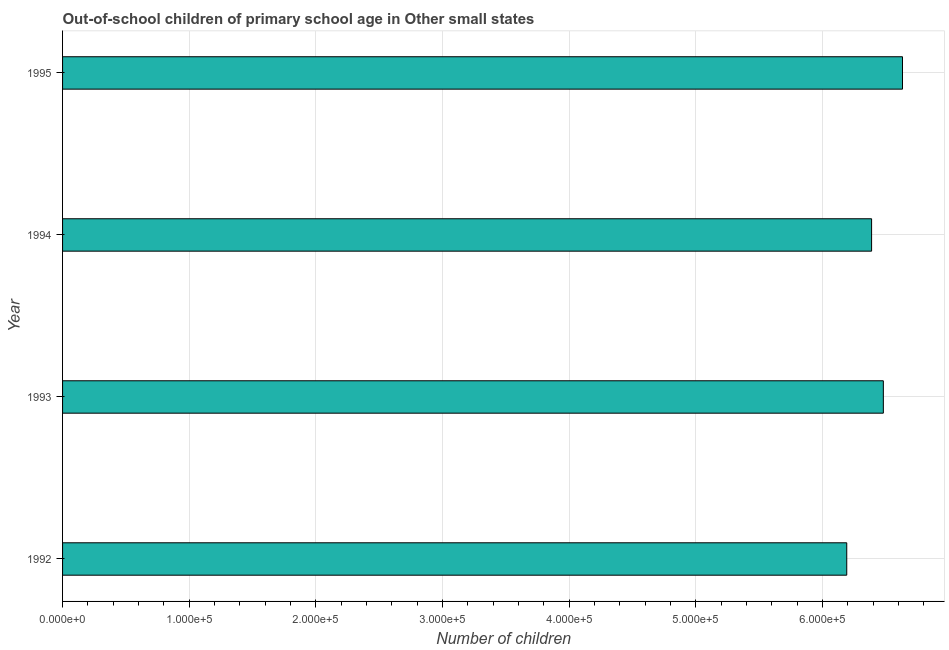
| Year | Out-of-school children of primary school age |
 | --- | --- |
 | 1992 | 6.19e+05 |
 | 1993 | 6.48e+05 |
 | 1994 | 6.39e+05 |
 | 1995 | 6.63e+05 |